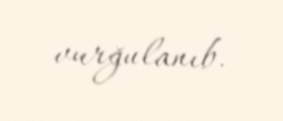
vurğulanıb.